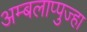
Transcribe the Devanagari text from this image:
अम्बलाप्पुज्हा